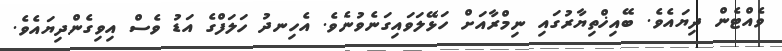
ވެއްޓެން ދިޔައެވެ. ބޭއިޚްތިޔާރުގައި ނިމްރާއަށް ހަޅޭލަވައިގަނެވުނެވެ. އެހިނދު ހަލަފްގެ އަޑު ވެސް އިވިގެންދިޔައެވެ.